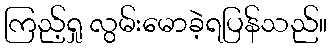
ကြည့်ရှု လွမ်းမောခဲ့ရပြန်သည်။